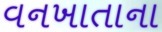
વનખાતાના